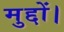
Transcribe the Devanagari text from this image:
मुद्दों।